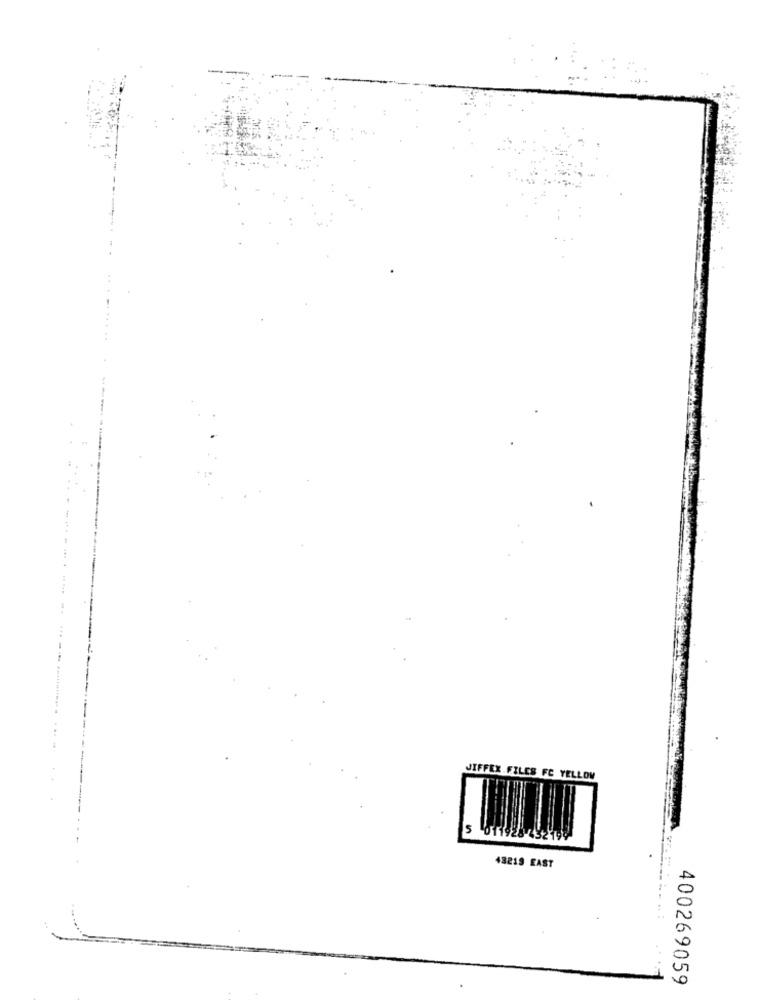
.......
--
JIFFEX FILES FC YELLOW
48219 EAST
400269059